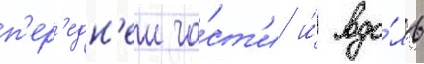
п'ер'едн'еи ча́ст'и и́ вдо́ль